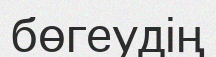
бөгеудің